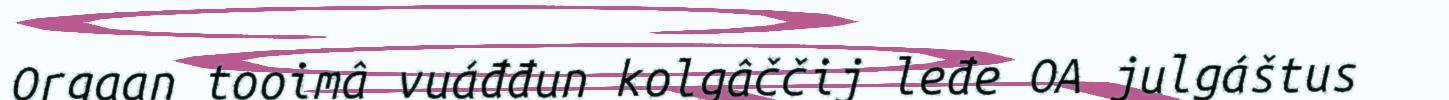
Orgaan tooimâ vuáđđun kolgâččij leđe OA julgáštus